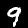
Digit: 9